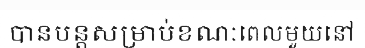
បានបន្តសម្រាប់ខណៈពេលមួយនៅ